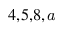
^ { 4 , 5 , 8 , } \footnote { C o r r e s p o n d e n c e : a m c a v o y @ u n c . e d u }